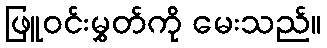
ဖြူဝင်းမွှတ်ကို မေးသည်။